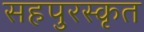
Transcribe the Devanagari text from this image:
सहपुरस्कृत